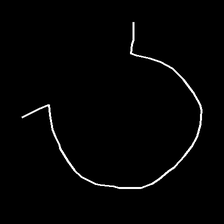
Glyph: weave